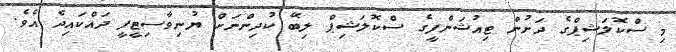
މި ސްކޮލަޝިޕްގެ ދަށުން ޓިއުޝަންފީގެ ސްކޮލަޝިޕް ލިބޭ ކުދިންނަށް ޔުނިވާސިޓީފީ ދައްކައިދެ އެވެ.